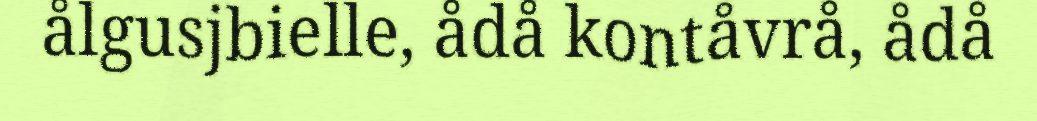
ålgusjbielle, ådå kontåvrå, ådå